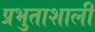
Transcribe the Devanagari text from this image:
प्रभुताशाली